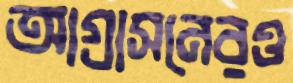
আগ্রাসনেরও